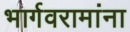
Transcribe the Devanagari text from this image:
भार्गवरामांना